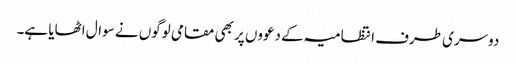
دوسری طرف انتظامیہ کے دعووں پر بھی مقامی لوگوں نے سوال اٹھایا ہے۔